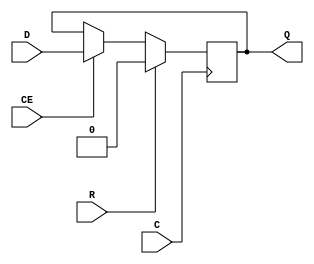
module FDRE_6 (output reg Q, input C, CE, D, R);
  parameter [0:0] INIT = 1'b0;
  parameter [0:0] IS_C_INVERTED = 1'b0;
  parameter [0:0] IS_D_INVERTED = 1'b0;
  parameter [0:0] IS_R_INVERTED = 1'b0;
  initial Q <= INIT;
  generate case (|IS_C_INVERTED)
    1'b0: always @(posedge C) if (R == !IS_R_INVERTED) Q <= 1'b0; else if (CE) Q <= D ^ IS_D_INVERTED;
    1'b1: always @(negedge C) if (R == !IS_R_INVERTED) Q <= 1'b0; else if (CE) Q <= D ^ IS_D_INVERTED;
  endcase endgenerate
endmodule